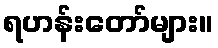
ရဟန်းတော်များ။